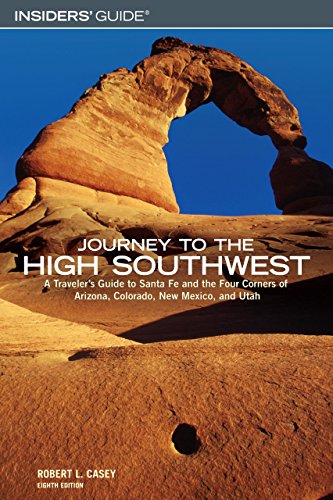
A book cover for Journey to the High Southwest, 8th: A Traveler's Guide to Santa Fe and the Four Corners of Arizona, Colorado, New Mexico, and Utah; Robert L. Casey; Travel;